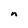
Character: n